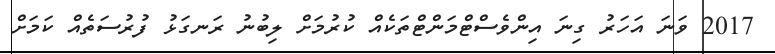
2017 ވަނަ އަހަރު ގިނަ އިންވެސްޓްމަންޓްތަކެއް ކުރުމަށް ލިބުނު ރަނގަޅު ފުރުސަތެއް ކަމަށް